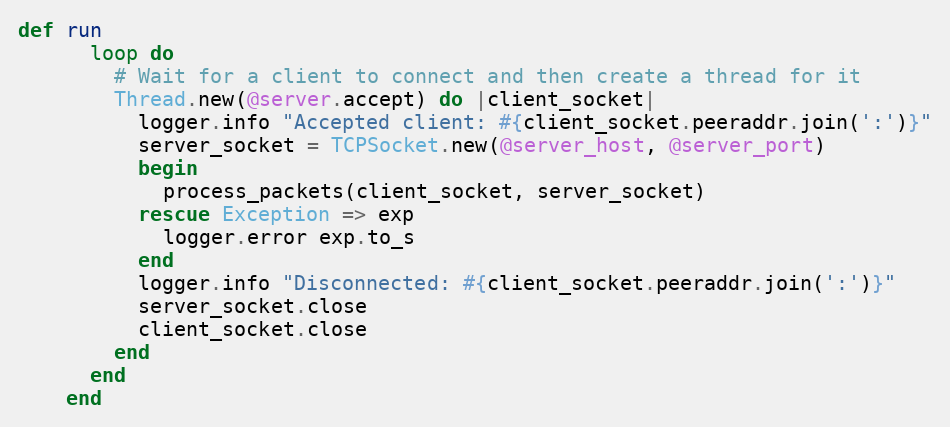
Language: Ruby
def run
      loop do
        # Wait for a client to connect and then create a thread for it
        Thread.new(@server.accept) do |client_socket|
          logger.info "Accepted client: #{client_socket.peeraddr.join(':')}"
          server_socket = TCPSocket.new(@server_host, @server_port)
          begin
            process_packets(client_socket, server_socket)
          rescue Exception => exp
            logger.error exp.to_s
          end
          logger.info "Disconnected: #{client_socket.peeraddr.join(':')}"
          server_socket.close
          client_socket.close
        end
      end
    end